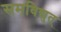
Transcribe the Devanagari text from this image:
समविद्युत्‌